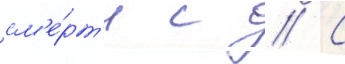
см'е́рт'и с // С